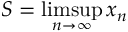
S = \operatorname* { l i m s u p } _ { n \to \infty } x _ { n }